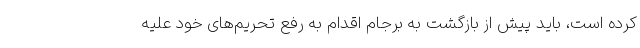
کرده است، باید پیش از بازگشت به برجام اقدام به رفع تحریم‌های خود علیه